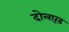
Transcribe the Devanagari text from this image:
दोलारूढ़